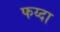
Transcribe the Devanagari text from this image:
फय्दा